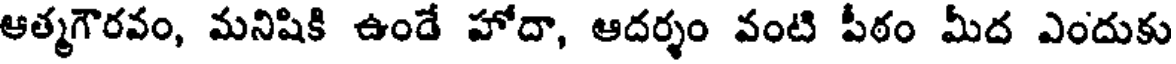
ఆత్మగౌరవం, మనిషికి ఉండే హోదా, ఆదర్శం వంటి పీఠం మీద ఎందుకు